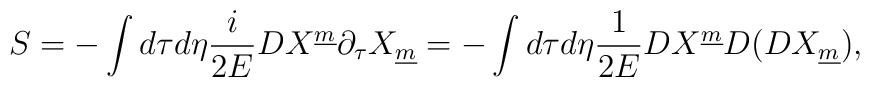
S=-\int d\tau d\eta{i\over{2E}}D X^{\underline m}\partial_\tau X_{\underline m}=-\int d\tau d\eta{1\over{2E}}DX^{\underline m}D(DX_{\underline m}),